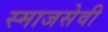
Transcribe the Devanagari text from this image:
स्माजसेवी